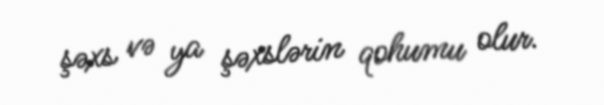
şəxs və ya şəxslərin qohumu olur.